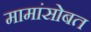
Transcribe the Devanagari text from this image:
मामांसोबत